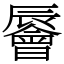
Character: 䢈